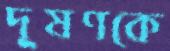
দূষণকে